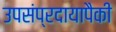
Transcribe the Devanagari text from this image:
उपसंप्रदायापैकी